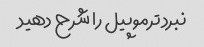
نبرد ترموپیل را شرح دهید